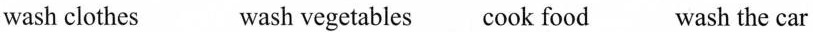
wash clothes wash vegetables cook food wash the car